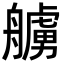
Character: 艣